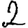
Digit: 2